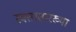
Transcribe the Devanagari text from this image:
रक्तासारख्या